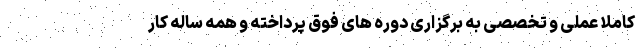
کاملا عملی و تخصصی به برگزاری دوره های فوق پرداخته و همه ساله کار